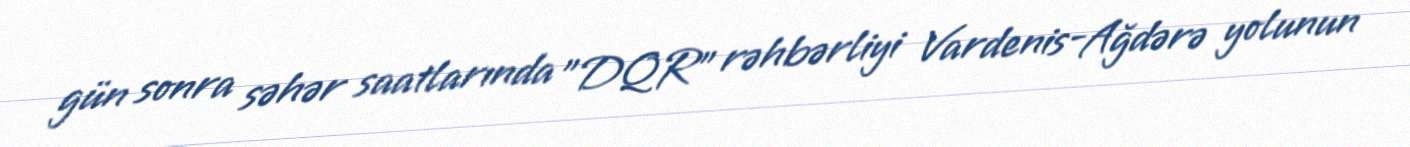
gün sonra səhər saatlarında "DQR" rəhbərliyi Vardenis-Ağdərə yolunun